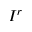
I ^ { r }